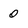
Character: 0